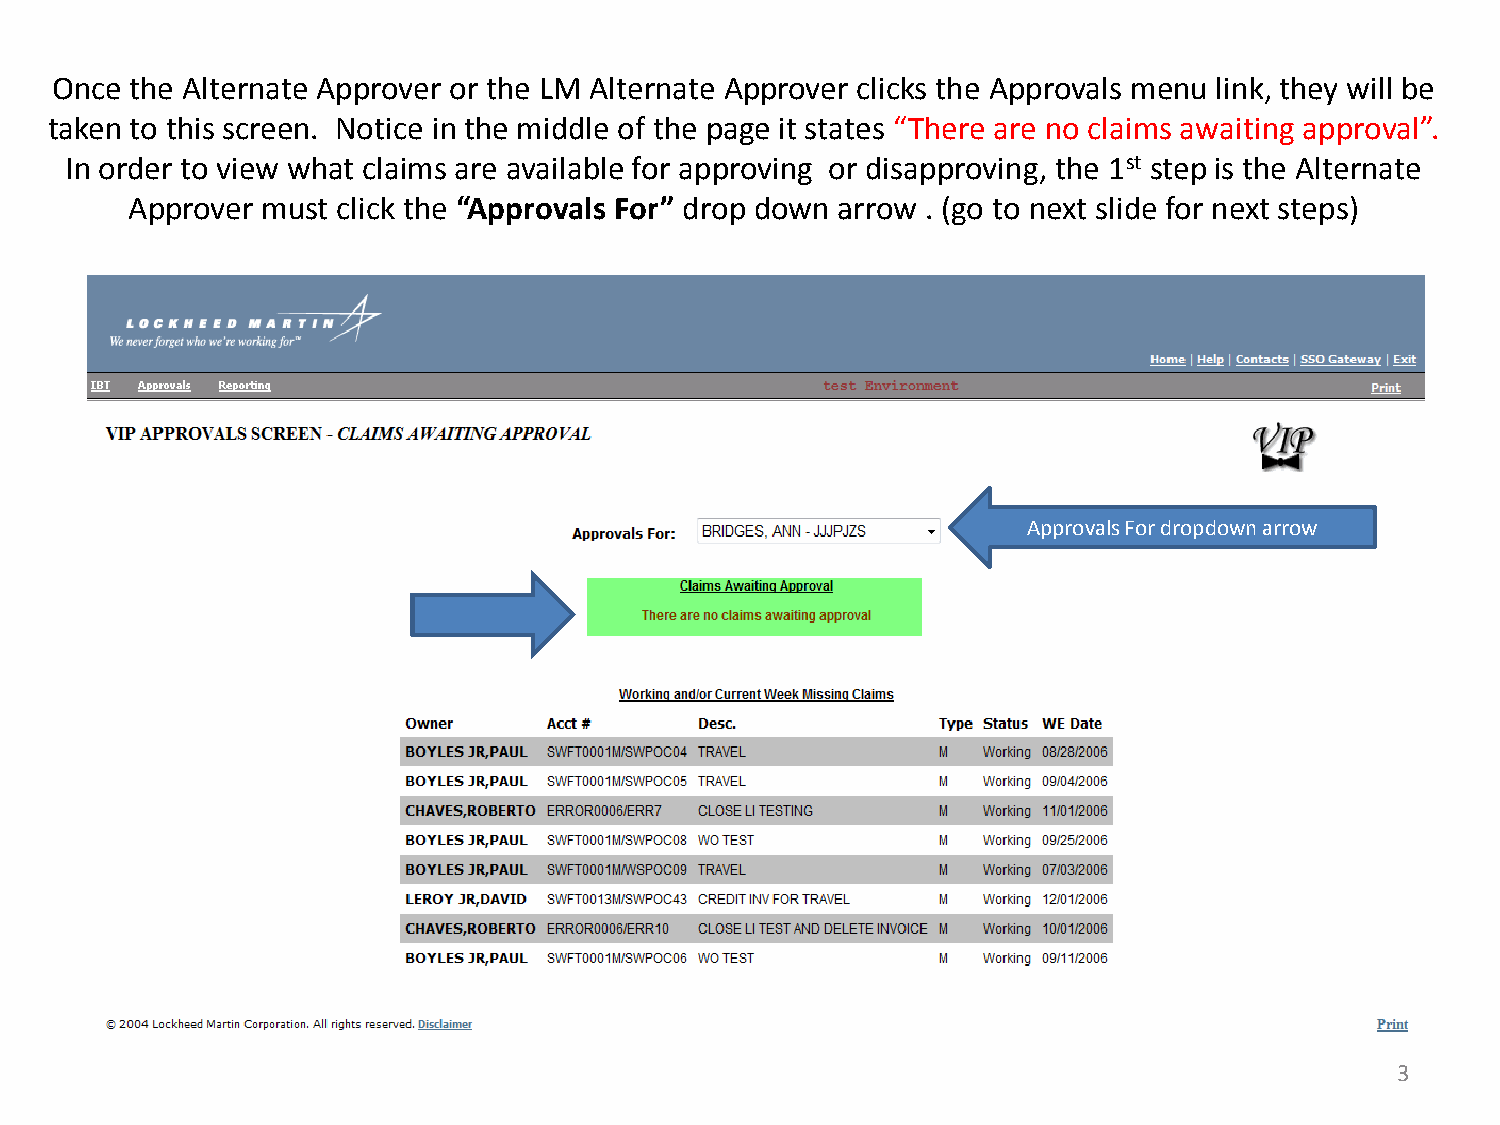
Once  the Alternate Approver or the LM Alternate Approver clicks the Approvals menu link, they will be
 taken to this screen. Notice in the middle of the page it states “There are no claims awaiting approval”.
 In order to view what claims are available for approving or disapproving, the 1st step is the Alternate
 Approver must click the “Approvals For” drop down arrow . (go to next slide for next steps)
 Approvals For dropdown arrow
 3